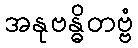
အနုဗန္ဓိတဗ္ဗံ